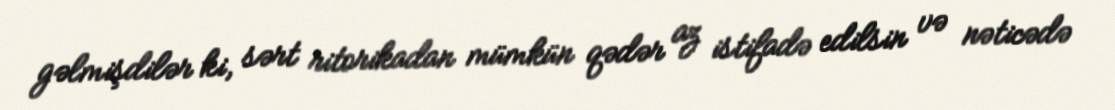
gəlmişdilər ki, sərt ritorikadan mümkün qədər az istifadə edilsin və nəticədə